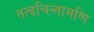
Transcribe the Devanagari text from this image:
तत्वचिन्तामणि